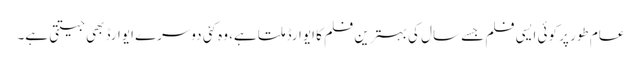
عام طور پر کوئی ایسی فلم جسے سال کی بہترین فلم کا ایوارڈ ملتا ہے، وہ کئی دوسرے ایوارڈ بھی جیتتی ہے۔